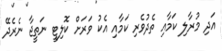
އަދި މުރާލި ކަމާއި ތެދުވެރި ކަމާއި އެކު ވަރަށް ކޮލިޓީ ނަތީޖާ ނެރެދޭ